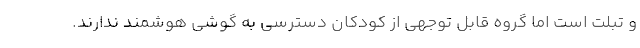
و تبلت است اما گروه قابل توجهی از کودکان دسترسی به گوشی هوشمند ندارند.